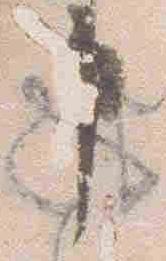
申